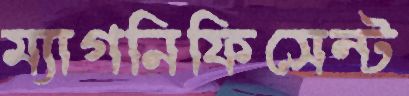
ম্যাগনিফিসেন্ট